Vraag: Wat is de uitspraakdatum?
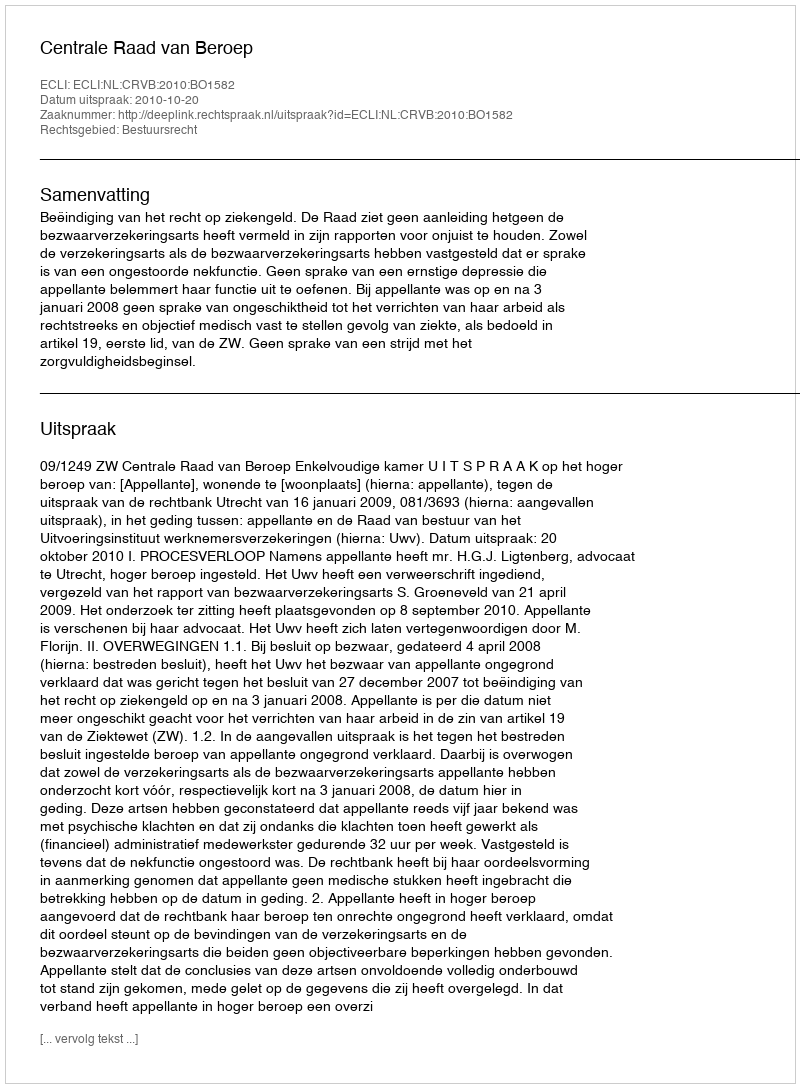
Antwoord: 2010-10-20